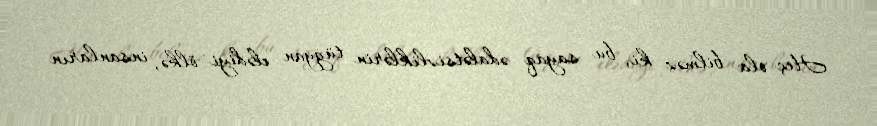
Heç ola bilməz ki, bu sayaq ədalətsizliklərin tüğyan elədiyi ölkə, insanların